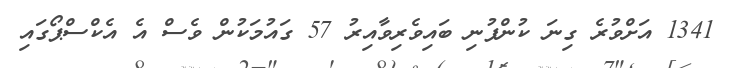
1341 އަށްވުރެ ގިނަ ކުންފުނި ބައިވެރިވާއިރު 57 ގައުމަކުން ވެސް އެ އެކްސްޕޯގައި